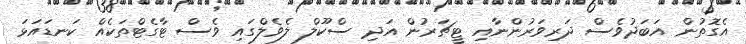
އެގޮތުން އަބަދުވެސް ދަރިވަރުންނާއި ޓީޗަރުން އަދި ސްކޫލް ލެވެލްގައި ވެސް ޓާގެޓްތަކެއް ކަނޑައަޅަ